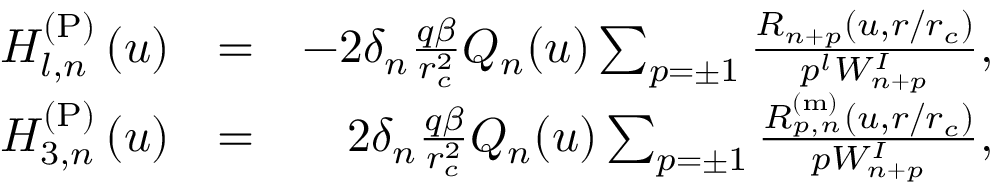
\begin{array} { r l r } { H _ { l , n } ^ { \mathrm { ( P ) } } \left( u \right) } & { = } & { - 2 \delta _ { n } \frac { q \beta } { r _ { c } ^ { 2 } } Q _ { n } ( u ) \sum _ { p = \pm 1 } \frac { R _ { n + p } ( u , r / r _ { c } ) } { p ^ { l } W _ { n + p } ^ { I } } , } \\ { H _ { 3 , n } ^ { \mathrm { ( P ) } } \left( u \right) } & { = } & { 2 \delta _ { n } \frac { q \beta } { r _ { c } ^ { 2 } } Q _ { n } ( u ) \sum _ { p = \pm 1 } \frac { R _ { p , n } ^ { \mathrm { ( m ) } } ( u , r / r _ { c } ) } { p W _ { n + p } ^ { I } } , } \end{array}